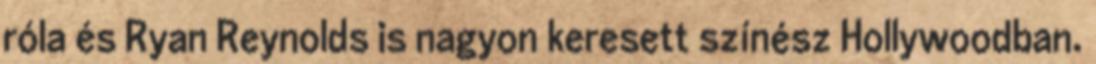
róla és Ryan Reynolds is nagyon keresett színész Hollywoodban.